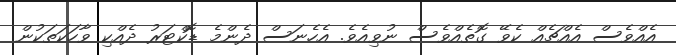
އެއްވެސް އެއްޗެއް ކެވޭ ގޮތެއްވެސް ނުވިއެވެ. އެހެނަސް ދެންމެ ޑޮކްޓަރު ދެއްކި ވާހަކަތަކުން